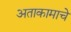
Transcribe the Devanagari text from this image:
अताकामाचे